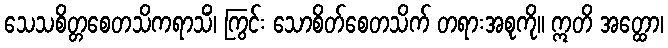
သေသစိတ္တစေတသိကရာသိံ၊ ကြွင်း သောစိတ်စေတသိက် တရားအစုကို။ ဣတိ အတ္ထော၊